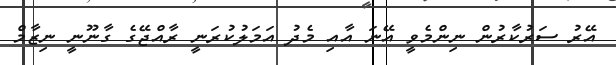
އޭރު ސަރުކާރުން ނިންމެވީ އޭނަ އާއި މެދު އަމަލުކުރަނީ ރާއްޖޭގެ ގާނޫނީ ނިޒާމް